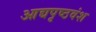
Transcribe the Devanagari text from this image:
आद्यपृष्ठवंश